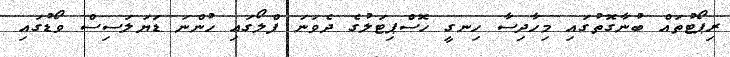
ރިޕޯޓުތައް ބުނާގޮތުގައި މިހާދިސާ ހިނގީ ހޮސްޕިޓަލުގެ ދެވަނަ ފްލޯގައި ހުންނަ ޑަޔަލަސިސް ވޯޑުގައި